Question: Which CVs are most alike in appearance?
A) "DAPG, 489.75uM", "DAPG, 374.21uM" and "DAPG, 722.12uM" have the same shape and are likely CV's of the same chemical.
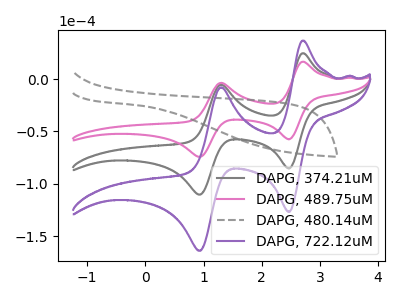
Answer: <think>The gray curve "DAPG, 374.21uM" has anodic peaks at (2.70V, 24.75uA) (1.30V, -5.20uA) and cathodic peaks at (2.45V, -85.35uA) (0.95V, -110.35uA). The pink curve "DAPG, 489.75uM" has anodic peaks at (2.70V, 16.65uA) (1.30V, -3.50uA) and cathodic peaks at (2.45V, -57.40uA) (0.95V, -74.20uA). The gray dashed curve "DAPG, 480.14uM" has no peaks. The purple curve "DAPG, 722.12uM" has anodic peaks at (2.70V, 49.55uA) (1.30V, -10.40uA) and cathodic peaks at (2.45V, -170.70uA) (0.95V, -220.70uA).
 All the peaks in "DAPG, 374.21uM" have a peak in "DAPG, 489.75uM" at the same potential. "DAPG, 374.21uM" and "DAPG, 480.14uM" have a different number of peaks. All the peaks in "DAPG, 374.21uM" have a peak in "DAPG, 722.12uM" at the same potential. "DAPG, 489.75uM" and "DAPG, 480.14uM" have a different number of peaks. All the peaks in "DAPG, 489.75uM" have a peak in "DAPG, 722.12uM" at the same potential. "DAPG, 480.14uM" and "DAPG, 722.12uM" have a different number of peaks.</think>
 <answer>A) "DAPG, 489.75uM", "DAPG, 374.21uM" and "DAPG, 722.12uM" have the same shape and are likely CV's of the same chemical.</answer>
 <eval>A</eval>